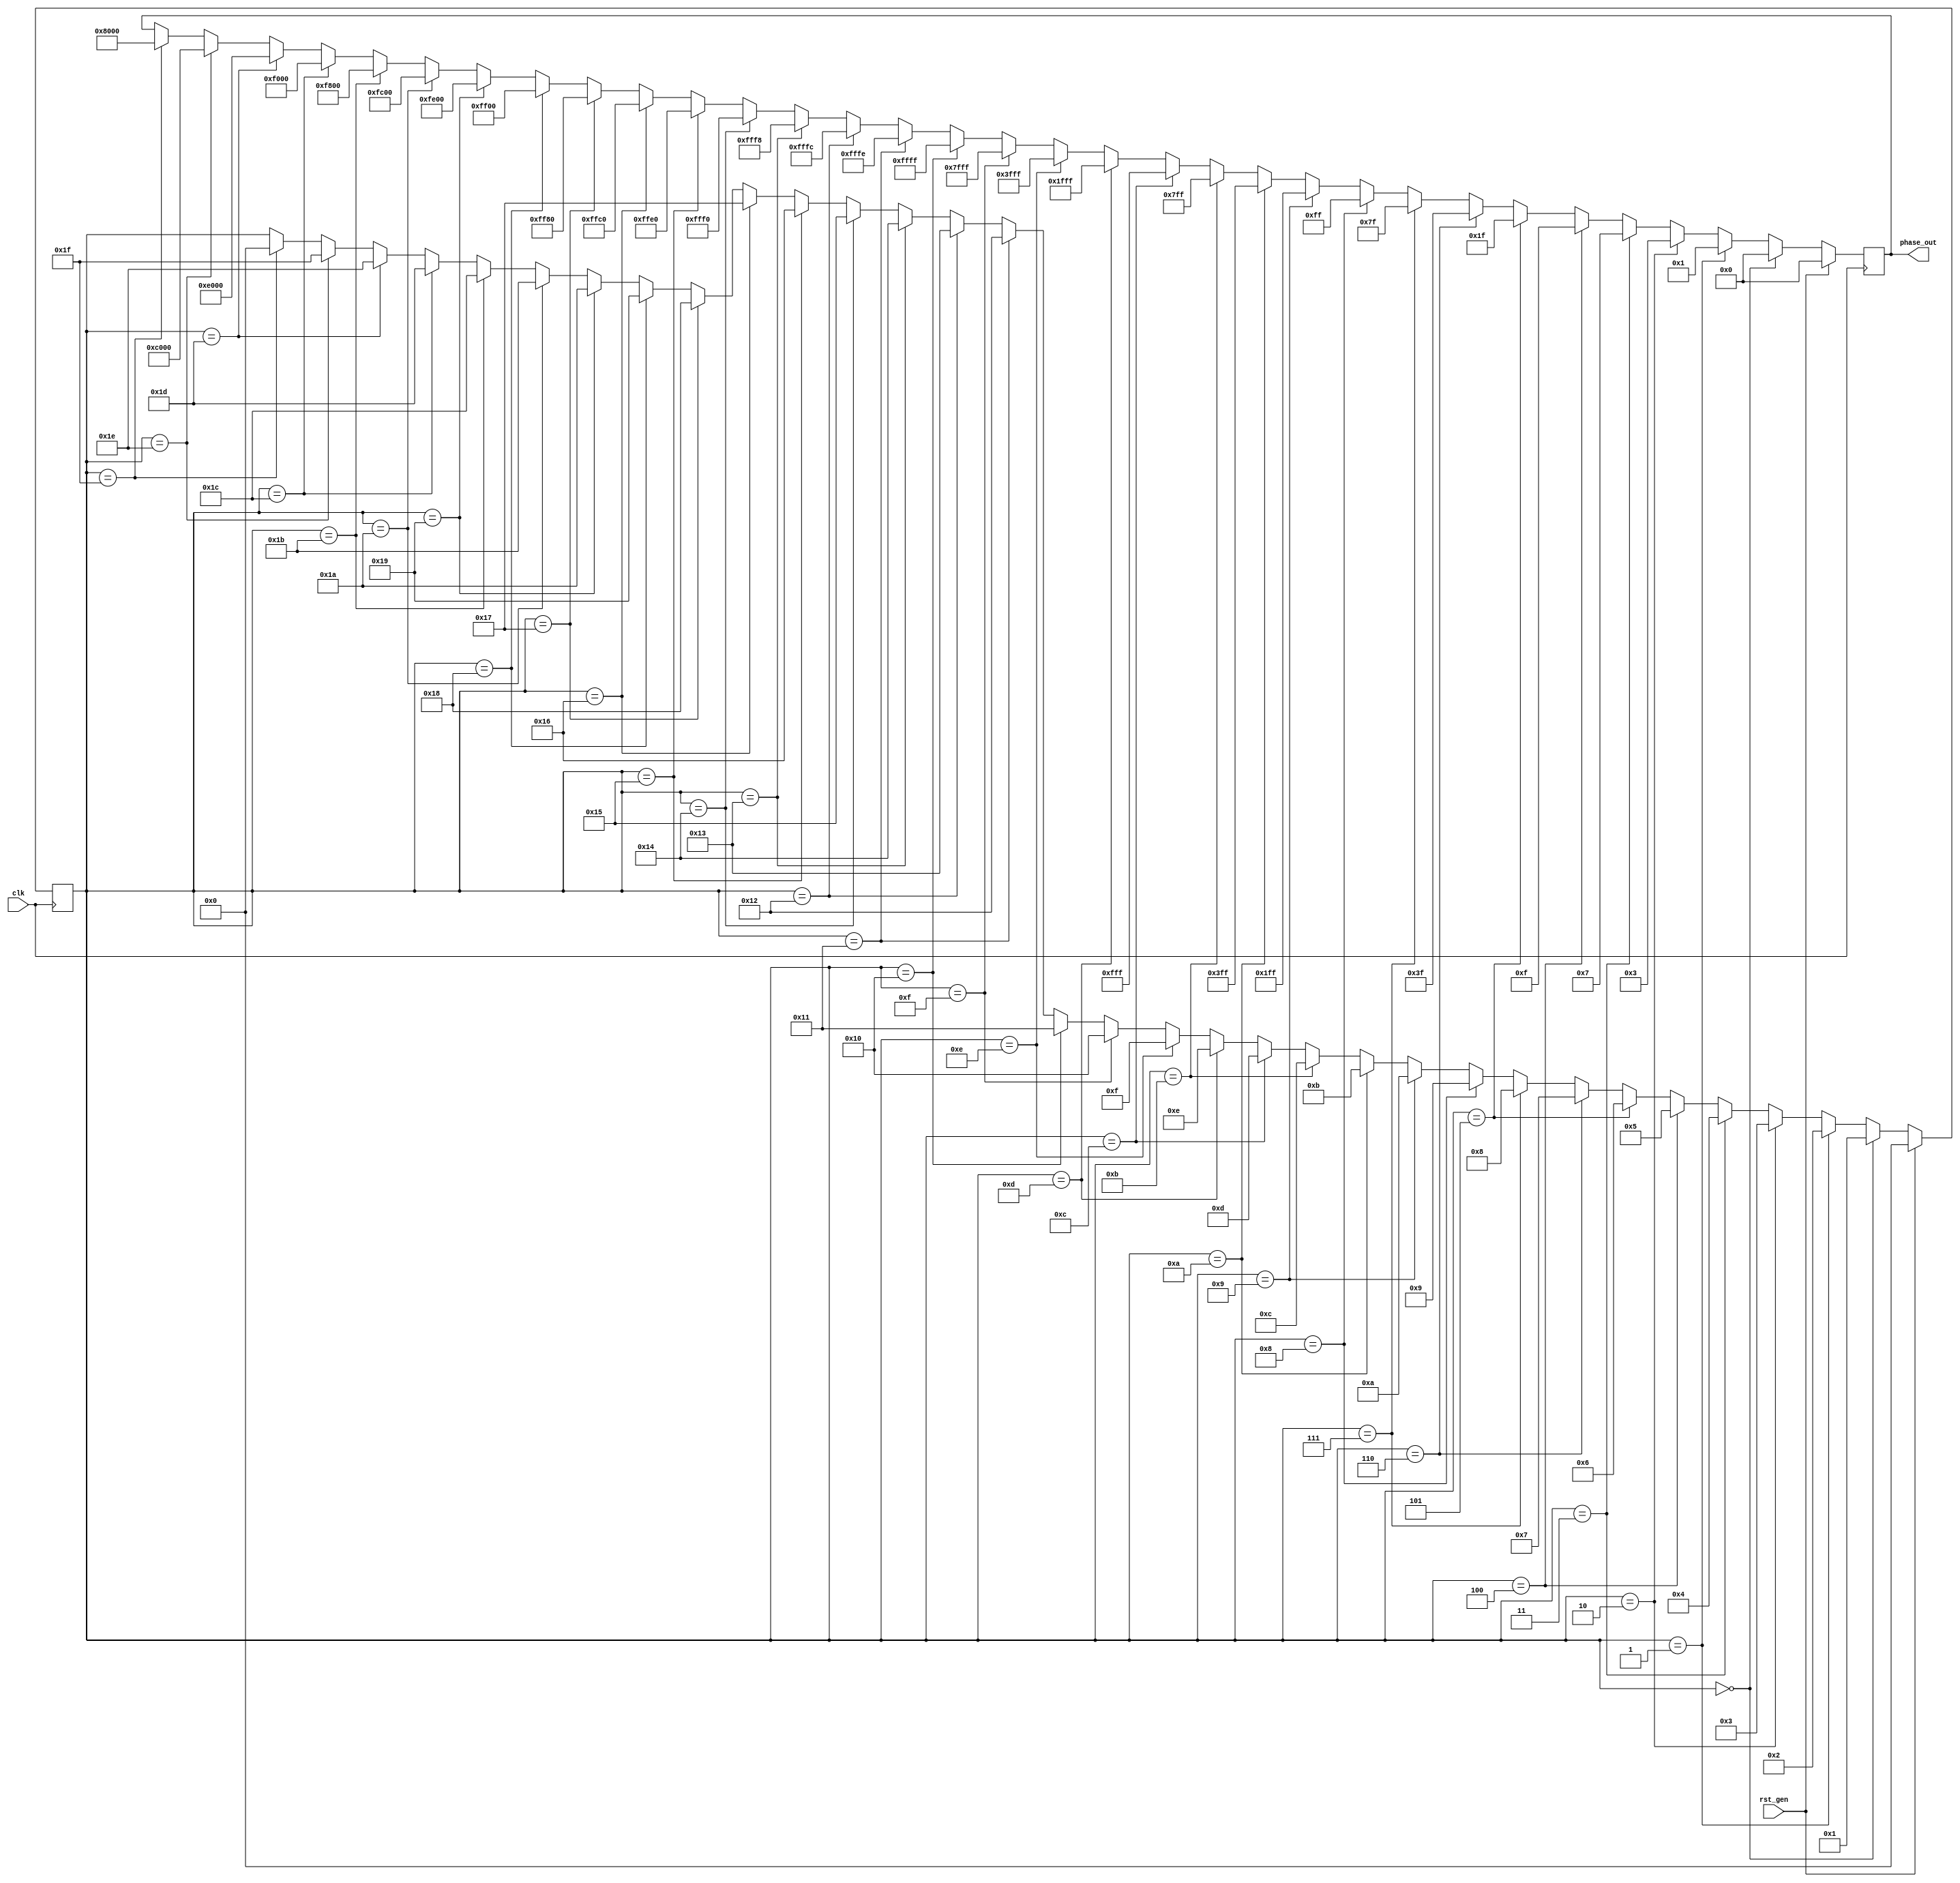
`timescale 1ns / 1ps
//////////////////////////////////////////////////////////////////////////////////
// Company: 
// Engineer: 
// 
// Design Name: 
// Module Name: phase_generator_16
// Project Name: 
// Target Devices: 
// Tool Versions: 
// Description: 
// 
// Dependencies: 
// 
// Revision:
// Revision 0.01 - File Created
// Additional Comments:
// 
//////////////////////////////////////////////////////////////////////////////////


module phase_generator_16(input clk, rst_gen, output reg [15:0] phase_out);

reg [4:0] curr_state; // if next_state is required then use it later

always @ (posedge clk) begin // change all the statements into non_blocking_for good practice

if (rst_gen) // curr_state = reset state
begin 
curr_state = 5'b00000;
phase_out = 16'b0000_0000_0000_0000;
end

else if (curr_state == 5'b00000) begin // curr_state = 0
curr_state = 5'b00001;
phase_out = 16'b0000_0000_0000_0000;
end

else if (curr_state == 5'b00001) begin // curr_state = 1
curr_state = 5'b00010;
phase_out = 16'b0000_0000_0000_0001;
end

else if (curr_state == 5'b00010) begin // curr_state = 2
curr_state = 5'b00011;
phase_out = 16'b0000_0000_0000_0011;
end

else if (curr_state == 5'b00011) begin // curr_state = 3
curr_state = 5'b00100;
phase_out = 16'b0000_0000_0000_0111;
end

else if (curr_state == 5'b00100) begin // curr_state = 4
curr_state = 5'b00101;
phase_out = 16'b0000_0000_0000_1111;
end

else if (curr_state == 5'b00101) begin // curr_state = 5
curr_state = 5'b00110;
phase_out = 16'b0000_0000_0001_1111;
end

else if (curr_state == 5'b00110) begin // curr_state = 6
curr_state = 5'b00111;
phase_out = 16'b0000_0000_0011_1111;
end

else if (curr_state == 5'b00111) begin // curr_state = 7
curr_state = 5'b01000;
phase_out = 16'b0000_0000_0111_1111;
end

else if (curr_state == 5'b01000) begin // curr_state = 8
curr_state = 5'b01001;
phase_out = 16'b0000_0000_1111_1111;
end

else if (curr_state == 5'b01001) begin // curr_state = 9
curr_state = 5'b01010;
phase_out = 16'b0000_0001_1111_1111;
end

else if (curr_state == 5'b01010) begin // curr_state = 10
curr_state = 5'b01011;
phase_out = 16'b0000_0011_1111_1111;
end

else if (curr_state == 5'b01011) begin // curr_state = 11
curr_state = 5'b01100;
phase_out = 16'b0000_0111_1111_1111;
end

else if (curr_state == 5'b01100) begin // curr_state = 12
curr_state = 5'b01101;
phase_out = 16'b0000_1111_1111_1111;
end

else if (curr_state == 5'b01101) begin // curr_state = 13
curr_state = 5'b01110;
phase_out = 16'b0001_1111_1111_1111;
end

else if (curr_state == 5'b01110) begin // curr_state = 14
curr_state = 5'b01111;
phase_out = 16'b0011_1111_1111_1111;
end

else if (curr_state == 5'b01111) begin // curr_state = 15
curr_state = 5'b10000;
phase_out = 16'b0111_1111_1111_1111;
end

else if (curr_state == 5'b10000) begin // curr_state = 16
curr_state = 5'b10001;
phase_out = 16'b1111_1111_1111_1111;
end

else if (curr_state == 5'b10001) begin // curr_state = 17
curr_state = 5'b10010;
phase_out = 16'b1111_1111_1111_1110;
end

else if (curr_state == 5'b10010) begin // curr_state = 18
curr_state = 5'b10011;
phase_out = 16'b1111_1111_1111_1100;
end

else if (curr_state == 5'b10011) begin // curr_state = 19
curr_state = 5'b10100;
phase_out = 16'b1111_1111_1111_1000;
end

else if (curr_state == 5'b10100) begin // curr_state = 20
curr_state = 5'b10101;
phase_out = 16'b1111_1111_1111_0000;
end

else if (curr_state == 5'b10101) begin // curr_state = 21
curr_state = 5'b10110;
phase_out = 16'b1111_1111_1110_0000;
end

else if (curr_state == 5'b10110) begin // curr_state = 22
curr_state = 5'b10111;
phase_out = 16'b1111_1111_1100_0000;
end

else if (curr_state == 5'b10111) begin // curr_state = 23
curr_state = 5'b11000;
phase_out = 16'b1111_1111_1000_0000;
end

else if (curr_state == 5'b11000) begin // curr_state = 24
curr_state = 5'b11001;
phase_out = 16'b1111_1111_0000_0000;
end

else if (curr_state == 5'b11001) begin // curr_state = 25
curr_state = 5'b11010;
phase_out = 16'b1111_1110_0000_0000;
end

else if (curr_state == 5'b11010) begin // curr_state = 26
curr_state = 5'b11011;
phase_out = 16'b1111_1100_0000_0000;
end

else if (curr_state == 5'b11011) begin // curr_state = 27
curr_state = 5'b11100;
phase_out = 16'b1111_1000_0000_0000;
end

else if (curr_state == 5'b11100) begin // curr_state = 28
curr_state = 5'b11101;
phase_out = 16'b1111_0000_0000_0000;
end

else if (curr_state == 5'b11101) begin // curr_state = 28
curr_state = 5'b11110;
phase_out = 16'b1110_0000_0000_0000;
end

else if (curr_state == 5'b11110) begin // curr_state = 29
curr_state = 5'b11111;
phase_out = 16'b1100_0000_0000_0000;
end

else if (curr_state == 5'b11111) begin // curr_state = 30
curr_state = 5'b00000;
phase_out = 16'b1000_0000_0000_0000;
end

end
endmodule